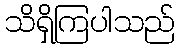
သိရှိကြပါသည်